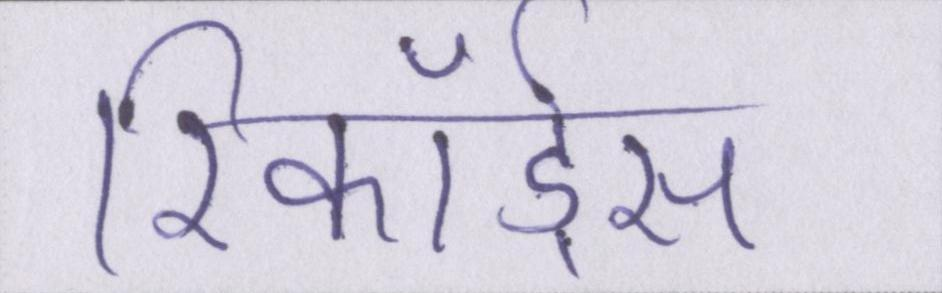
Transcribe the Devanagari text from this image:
रिकॉर्ड्स